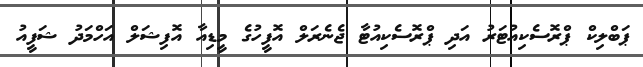
ޕަބްލިކް ޕްރޮސެކިއުޓަރު އަދި ޕްރޮސެކިއުޓާ ޖެނެރަލް އޮފީހުގެ މީޑިއާ އޮފިޝަލް އަހްމަދު ޝަފީއު